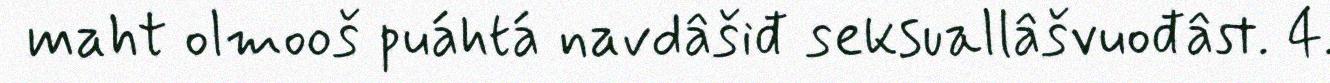
maht olmooš puáhtá navdâšiđ seksuallâšvuođâst. 4.